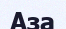
Аза